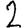
Digit: 2